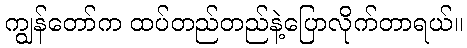
ကျွန်တော်က ထပ်တည်တည်နဲ့ပြောလိုက်တာရယ်။